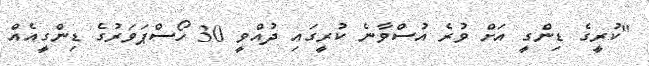
"ކުރީގެ ޑިންގީ އަށް ވުރެ އުސްވާނެ ކުރީގައި ދުއްވީ 30 ހޯސްޕަވަރުގެ ޑިންގީއެއް